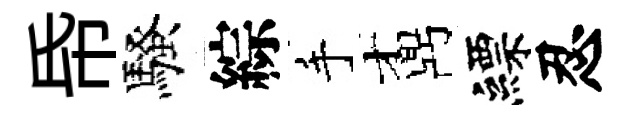
帋騷綜手鼒縹忍